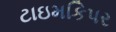
ટાઇમકિપર